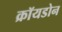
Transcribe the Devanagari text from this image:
क्रॉयडोन